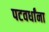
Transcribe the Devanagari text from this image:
पटवर्धांना